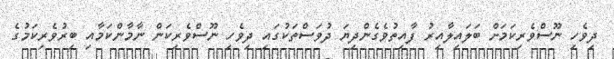
ދިވެހި ނޫސްވެރިކަމަށް ބަލައިލާއިރު ފާއިތުވެގެންދިޔަ ދުވަސްތަކުގައި ދިވެހި ނޫސްވެރިކަން ނާމާންކަމާއި ބިރުވެރިކަމުގެ